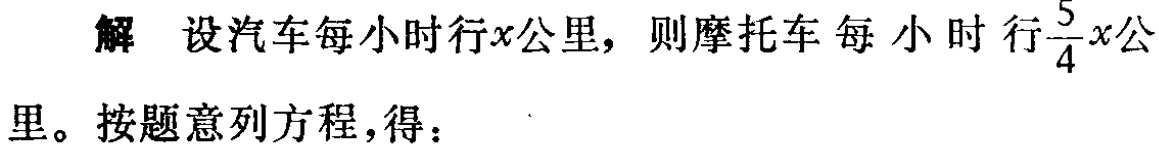
解 设汽车每小时行\(x\)公里，则摩托车每小时行\(\frac{5}{4}x\)公里。按题意列方程，得：